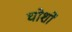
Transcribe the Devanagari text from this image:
घोशों